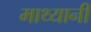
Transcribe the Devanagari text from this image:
माथ्यानी